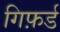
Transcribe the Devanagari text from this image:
गिफ़र्ड